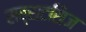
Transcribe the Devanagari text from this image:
सब्सटसिज